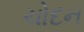
ચોદન